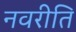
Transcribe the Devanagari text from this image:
नवरीति